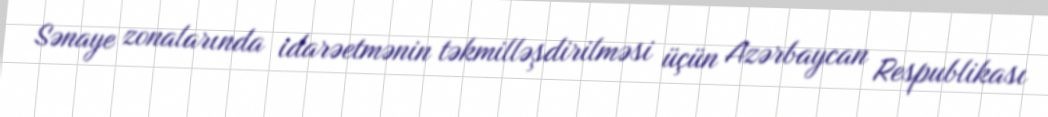
Sənaye zonalarında idarəetmənin təkmilləşdirilməsi üçün Azərbaycan Respublikası